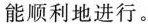
能顺利地进行。